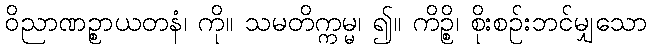
ဝိညာဏဉ္စာယတနံ၊ ကို။ သမတိက္ကမ္မ၊ ၍။ ကိဉ္စိ၊ စိုးစဉ်းဘင်မျှသော